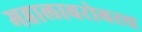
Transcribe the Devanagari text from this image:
महालाबरोबरच